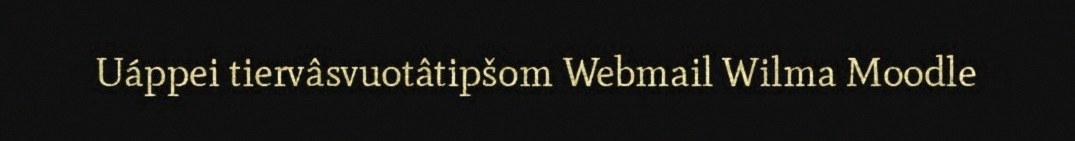
Uáppei tiervâsvuotâtipšom Webmail Wilma Moodle